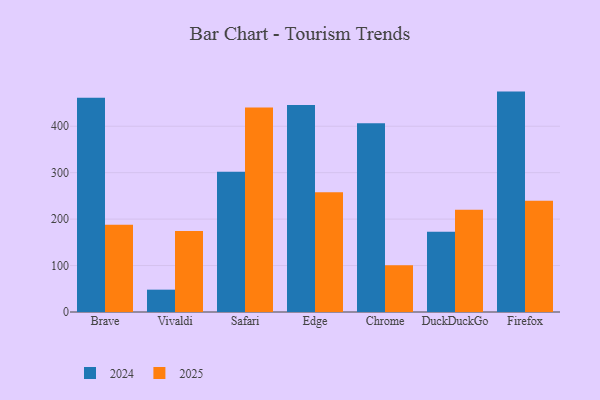
{"axis": {"x": "Browser", "y": "Page Views"}, "legend": ["2024", "2025"], "data": [{"x": "Brave", "y": 187.8, "type": "2025"}, {"x": "Brave", "y": 461.2, "type": "2024"}, {"x": "Vivaldi", "y": 174.5, "type": "2025"}, {"x": "Vivaldi", "y": 48.1, "type": "2024"}, {"x": "Safari", "y": 440.1, "type": "2025"}, {"x": "Safari", "y": 301.8, "type": "2024"}, {"x": "Edge", "y": 257.9, "type": "2025"}, {"x": "Edge", "y": 445.5, "type": "2024"}, {"x": "Chrome", "y": 100.7, "type": "2025"}, {"x": "Chrome", "y": 406.6, "type": "2024"}, {"x": "DuckDuckGo", "y": 220.4, "type": "2025"}, {"x": "DuckDuckGo", "y": 172.9, "type": "2024"}, {"x": "Firefox", "y": 239.7, "type": "2025"}, {"x": "Firefox", "y": 474.6, "type": "2024"}]}